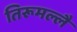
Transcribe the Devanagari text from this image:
तिरूमल्लै